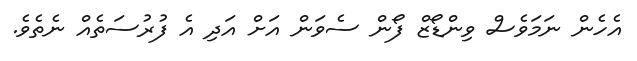
އެހެން ނަމަވެސް ވިންޑޯޒް ފޯން ސެވަން އަށް އަދި އެ ފުރުސަތެއް ނެތެވެ.